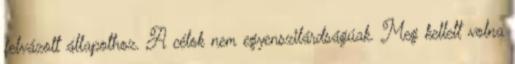
felvázolt állapothoz. A célok nem egyenszilárdságúak. Meg kellett volna